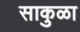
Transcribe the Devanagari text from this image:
साकुळा